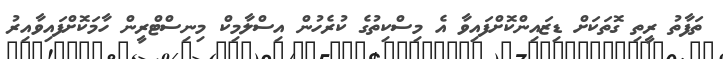
ތަފާތު ރީތި ގޮތަކަށް ޑިޒައިންކޮށްފައިވާ އެ މިސްކިތުގެ ކުރެހުން އިސްލާމިކް މިނިސްޓްރީން ހާމަކޮށްފައިވާއިރު